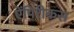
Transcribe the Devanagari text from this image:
ऐंपिरीकस